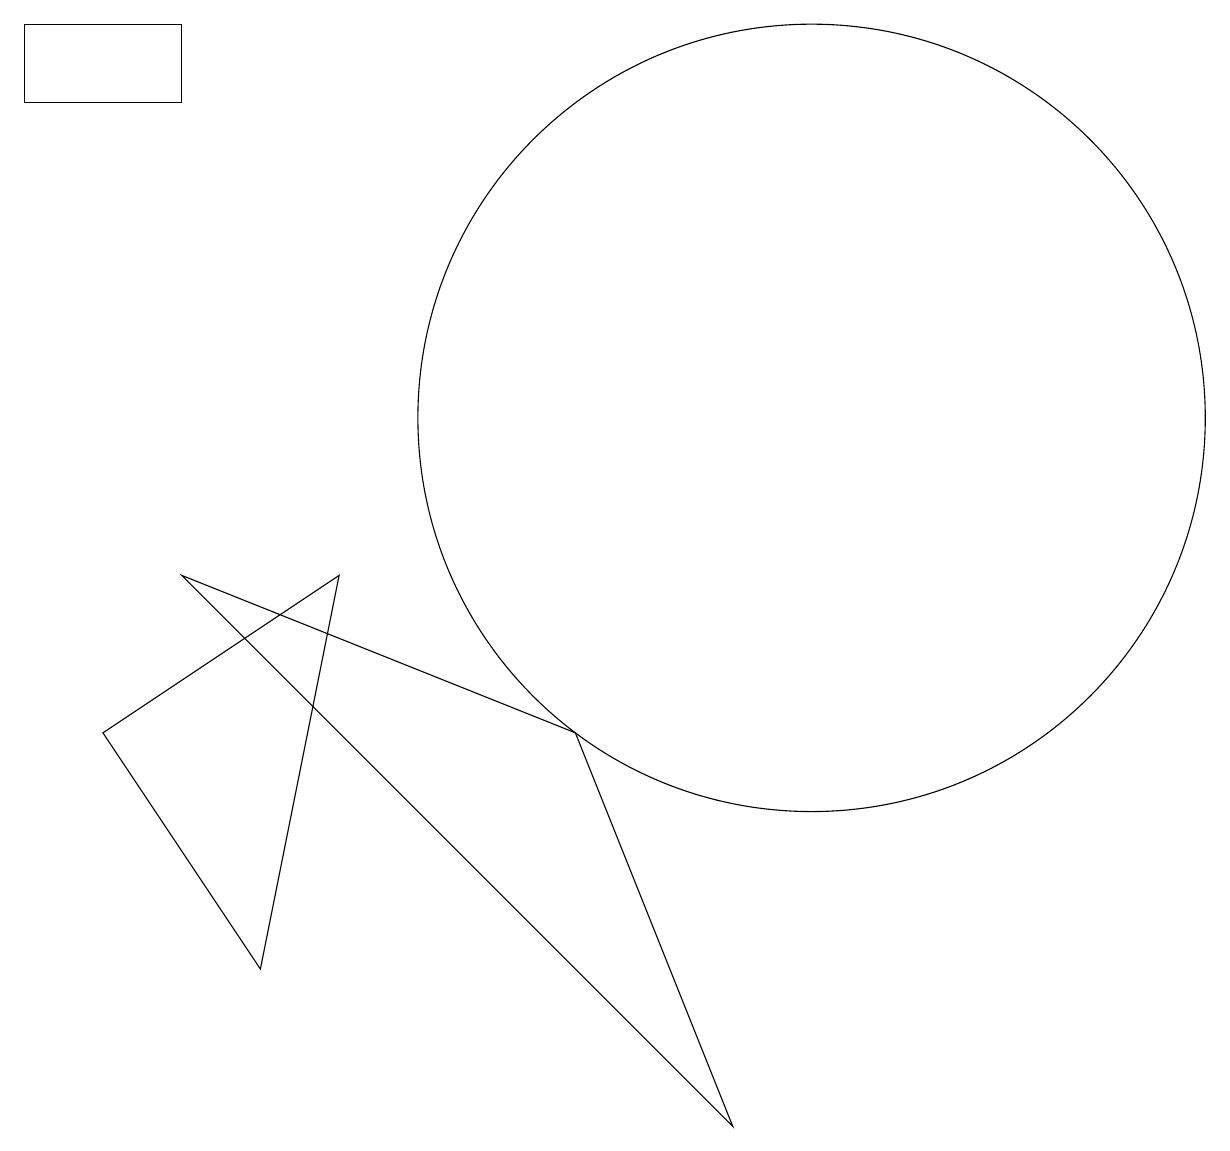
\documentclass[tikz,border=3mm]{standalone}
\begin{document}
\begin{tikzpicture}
\draw (0,14) rectangle (2,15);
\draw (2,8) -- (9,1) -- (7,6) -- cycle;
\draw (10,10) circle (5);
\draw (1,6) -- (3,3) -- (4,8) -- cycle;
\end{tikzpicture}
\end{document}